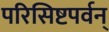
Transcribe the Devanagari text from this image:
परिसिष्टपर्वन्‌